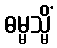
ဓမ္မသ္မိံ